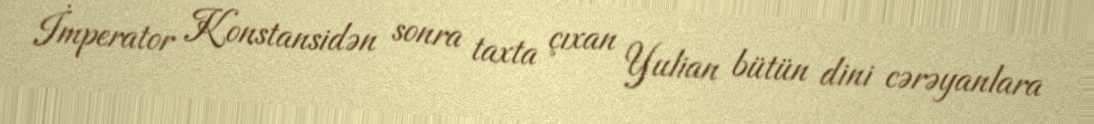
İmperator Konstansidən sonra taxta çıxan Yulian bütün dini cərəyanlara